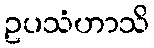
ဥပသံဟာသိ